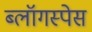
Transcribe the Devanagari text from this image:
ब्लॉगस्पेस